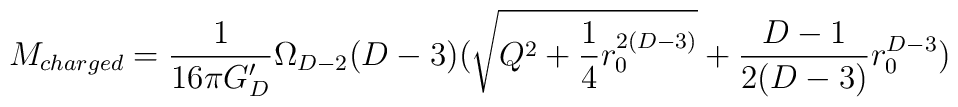
M_{charged}= {1\over 16 \pi G^\prime_D} \Omega_{D-2} (D-3)(\sqrt{Q^2+{1\over 4} r_0^{2(D-3)}} + {D-1\over2(D-3)}  r_0^{D-3})